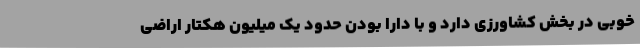
خوبی در بخش کشاورزی دارد و با دارا بودن حدود یک میلیون هکتار اراضی